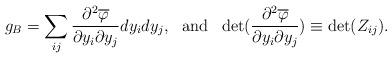
LaTeX: \begin{align*}g_{B}= \sum_{ij} \frac{\partial^{2} \overline{\varphi}}{\partial y_{i} \partial y_{j}}dy_{i}dy_{j}, \ \ {\rm and} \ \ \det ( \frac{\partial^{2} \overline{\varphi}}{\partial y_{i} \partial y_{j}}) \equiv \det(Z_{ij}). \end{align*}